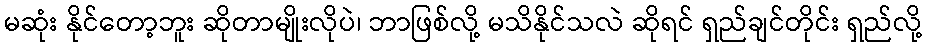
မဆုံး နိုင်တော့ဘူး ဆိုတာမျိုးလိုပဲ၊ ဘာဖြစ်လို့ မသိနိုင်သလဲ ဆိုရင် ရှည်ချင်တိုင်း ရှည်လို့